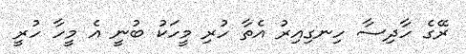
ރޭގެ ހާދިސާ ހިނގިއިރު އެތާ ހުރި މީހަކު ބުނީ އެ މީހާ ހުރީ